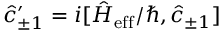
\hat { c } _ { \pm 1 } ^ { \prime } = i [ \hat { H } _ { \mathrm { e f f } } / \hbar , \hat { c } _ { \pm 1 } ]